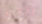
البي